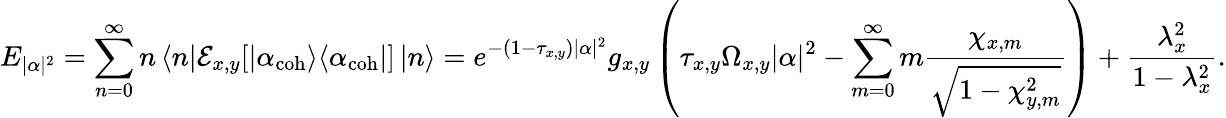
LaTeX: E_{|\alpha|^{2}}=\sum_{n=0}^{\infty}n\left<n\right|\mathcal{E}_{x,y}[\left|\alpha_{\mathrm{coh}}\middle>\middle<\alpha_{\mathrm{coh}}\right|]\left|n\right>=e^{-\left(1-\tau_{x,y}\right)|\alpha|^{2}}g_{x,y}\left(\tau_{x,y}\Omega_{x,y}|\alpha|^{2}-\sum_{m=0}^{\infty}m\frac{\chi_{x,m}}{\sqrt{1-\chi_{y,m}^{2}}}\right)+\frac{\lambda_{x}^{2}}{1-\lambda_{x}^{2}}.